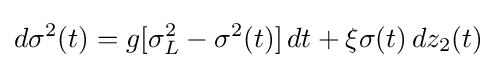
d\sigma ^{2}(t)=g[\sigma _{L}^{2}-\sigma ^{2}(t)]\,dt+\xi \sigma (t)\,dz_{2}(t)